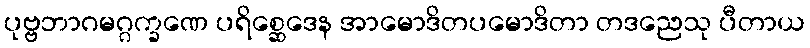
ပုဗ္ဗဘာဂမဂ္ဂက္ခဏေ ပရိစ္ဆေဒေန အာမောဒိတပမောဒိတာ တဒညေသု ပီတာယ